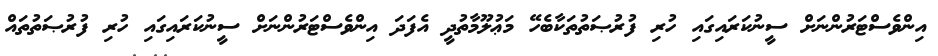
އިންވެސްޓަރުންނަށް ސީނުކަރައިގައި ހުރި ފުރުޞަތުތަކާބެހޭ މަޢުލޫމާތުދީ އެފަދަ އިންވެސްޓަރުންނަށް ސީނުކަރައިގައި ހުރި ފުރުޞަތުތައް